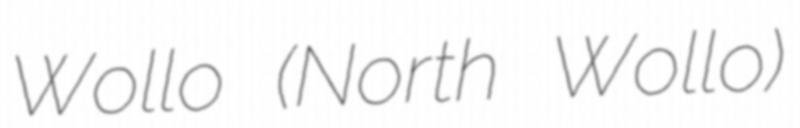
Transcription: Wollo (North Wollo)